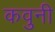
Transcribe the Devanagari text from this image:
कवुनी